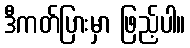
ဒီကတ်ပြားမှာ ဖြည့်ပါ။